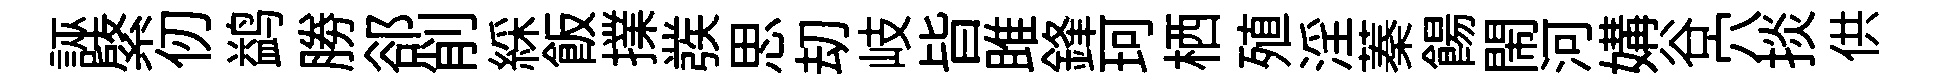
誣綮仞鹢勝郤削綵飯擈彂思刧岐𣅜雎鋒珂栖殖淫蓁餳閙河媾谷穴掞供